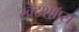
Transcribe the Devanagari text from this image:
स्वेटशॉप्स